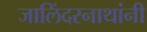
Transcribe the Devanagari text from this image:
जालिंदरनाथांनी